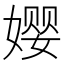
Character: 𫝭